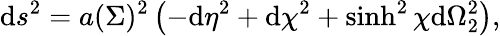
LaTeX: \mathrm{d}s^{2}=a(\Sigma)^{2}\left(-\mathrm{d}\eta^{2}+\mathrm{d}\chi^{2}+\sinh^{2}\chi\mathrm{d}\Omega_{2}^{2}\right),